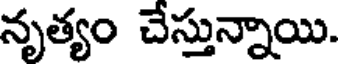
నృత్యం చేస్తున్నాయి.